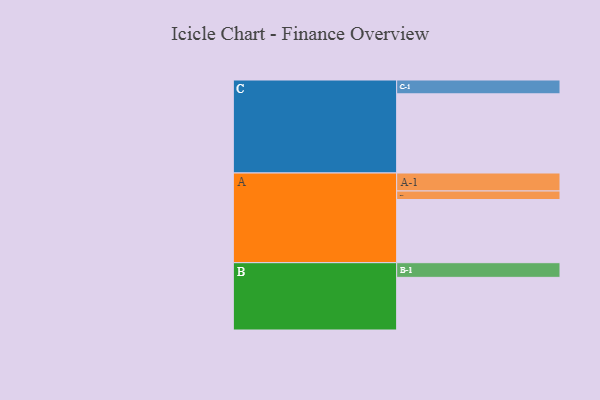
{"axis": {"x": "Segment", "y": "Value"}, "legend": ["", "A", "B", "C"], "data": [{"x": "A", "y": 457, "type": ""}, {"x": "B", "y": 381, "type": ""}, {"x": "C", "y": 573, "type": ""}, {"x": "A-1", "y": 130, "type": "A"}, {"x": "A-2", "y": 62, "type": "A"}, {"x": "B-1", "y": 106, "type": "B"}, {"x": "C-1", "y": 100, "type": "C"}]}